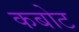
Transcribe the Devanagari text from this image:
कबोट